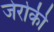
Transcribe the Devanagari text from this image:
जेरोकी